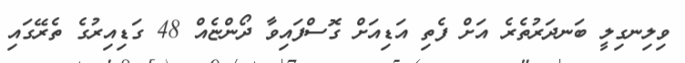
ވިލިނގިލީ ބަނދަރުތެރެ އަށް ފެތި އަޑިއަށް ގޮސްފައިވާ ދޯންޏެއް 48 ގަޑިއިރުގެ ތެރޭގައި